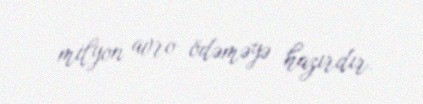
milyon avro ödəməyə hazırdır.